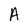
Character: A